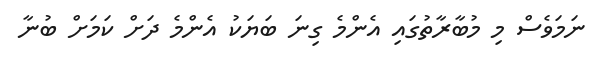
ނަމަވެސް މި މުބާރާތުގައި އެންމެ ގިނަ ބަޔަކު އެންމެ ދަށް ކަމަށް ބުނާ